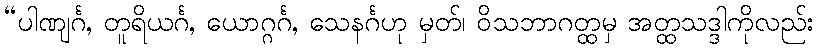
“ပါဏျင်္ဂ, တူရိယင်္ဂ, ယောဂ္ဂင်္ဂ, သေနင်္ဂဟု မှတ်၊ ဝိသဘာဂတ္ထမှ အတ္ထသဒ္ဒါကိုလည်း